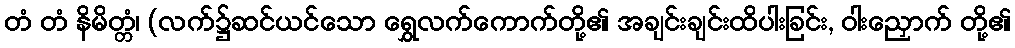
တံ တံ နိမိတ္တံ၊ (လက်၌ဆင်ယင်သော ရွှေလက်ကောက်တို့၏ အချင်းချင်းထိပါးခြင်း, ဝါးညှောက် တို့၏